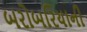
બરોબરિયાની